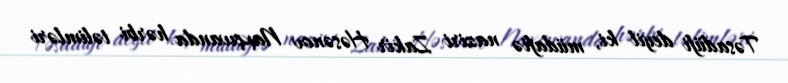
Təsadüfi deyil ki, müdafiə naziri Zakir Həsənov Naxçıvanda hərbi təlimləri